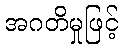
အဂတိမှုဖြင့်